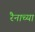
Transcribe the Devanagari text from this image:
रैनाच्या